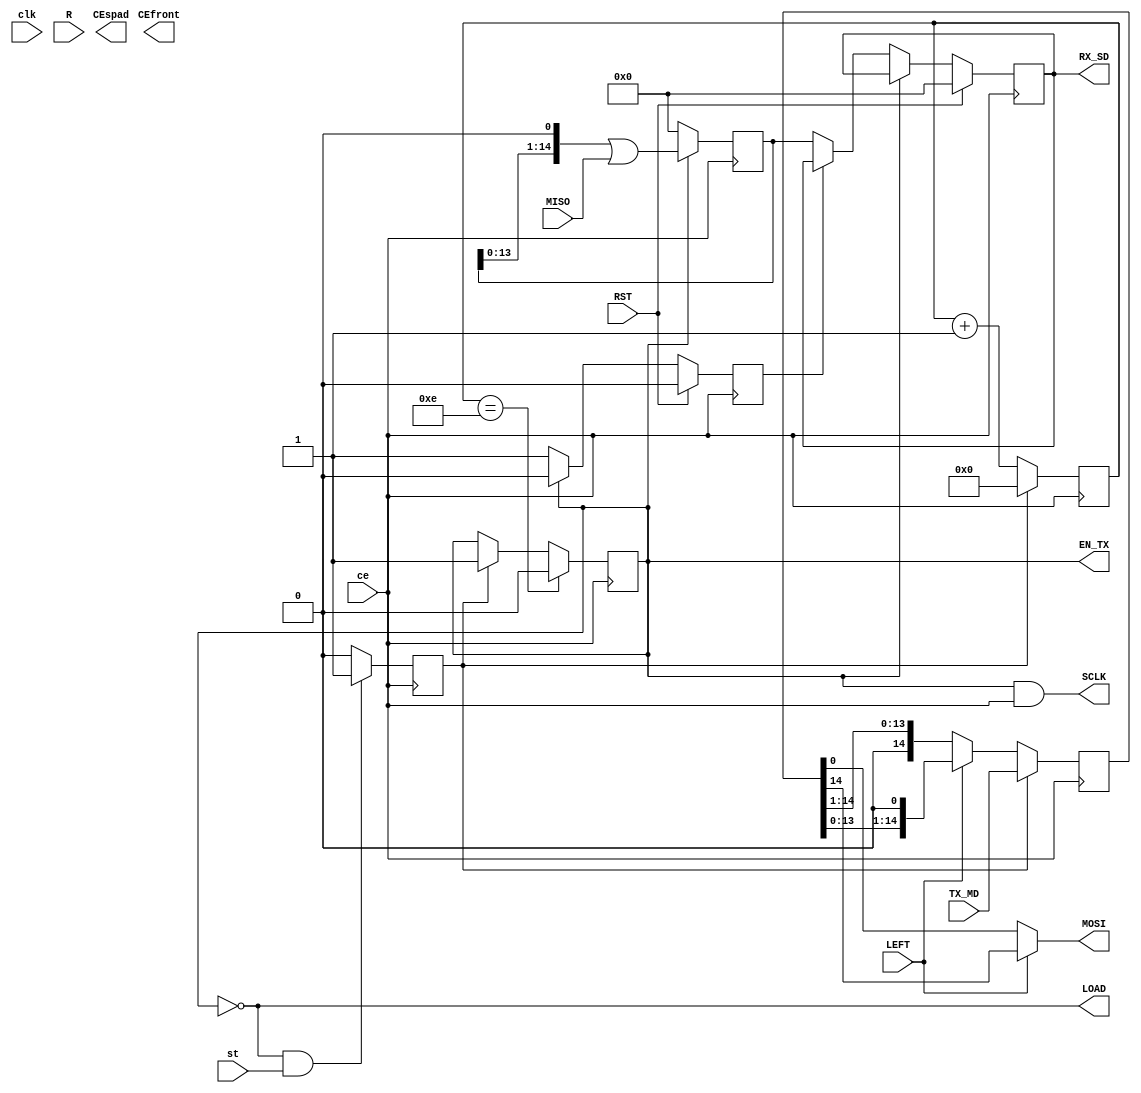
module SPI_MASTER_1#    
    (
    parameter integer m = 15 
    )
    (
    input clk,
    input wire RST,
    output reg EN_TX=0,
    input ce, 
    output wire LOAD,
    input st, 
    output wire SCLK,
    input MISO, 
    output wire MOSI,
    input [m-1:0] TX_MD,
    output reg [m-1:0] RX_SD=0,
    input LEFT,
    output wire CEfront,
    input R,
    output wire CEspad
    );
    reg [m-1:0] MQ=0 ; 
    reg [m-1:0] MRX=0 ; 
    reg [3:0] cb_bit=0; 
    assign MOSI = LEFT? MQ[m-1] : MQ[0] ; 
    assign LOAD = !EN_TX ; 
    assign SCLK = EN_TX & ce;
    reg st_buf = 1'b0;
    always @(posedge ce) begin
        if (!EN_TX & st) begin
            st_buf <= 1'b1;
        end
        else begin
            st_buf <= 1'b0;
        end
    end
    always @(negedge ce) begin
        MQ <= st_buf? TX_MD : LEFT ? MQ<<1 : MQ>>1;
        EN_TX <= (cb_bit == (m-1))? 0 : st_buf? 1'b1 : EN_TX;
        cb_bit <= st_buf? 0 : cb_bit + 4'd1 ;
    end
    reg wready = 1'b0;
    always @(posedge ce) begin
        MRX <= (EN_TX == 1'b1) ? MRX<<1 | MISO : 0;
        if (RST == 1'b1) begin
            RX_SD <= 0;
            wready <= 1'b0;
        end
        else if (EN_TX == 1'b0) begin
            if (wready == 1'b0) begin
                RX_SD <= MRX;
            end
            wready <= 1'b1;
        end
        else begin
            wready <= 1'b0;
            RX_SD <= RX_SD;
        end
    end
endmodule